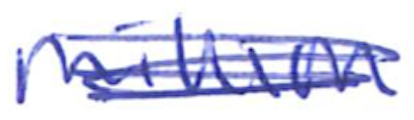
Text: million
Cross-out: scratch
Writing tool: ballpoint